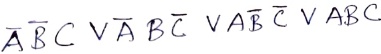
Text: ABCVABCVABCVABC